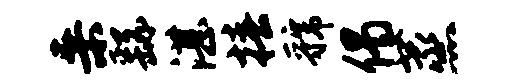
桑繇湛椿虢偈蒸